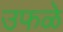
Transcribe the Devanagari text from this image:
उफळे